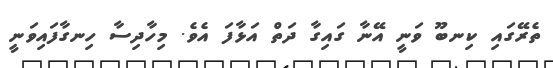
ތެރޭގައި ކިނބޫ ވަނީ އޭނާ ގައިގާ ދަތް އަޅާފަ އެވެ. މިހާދިސާ ހިނގާފައިވަނީ